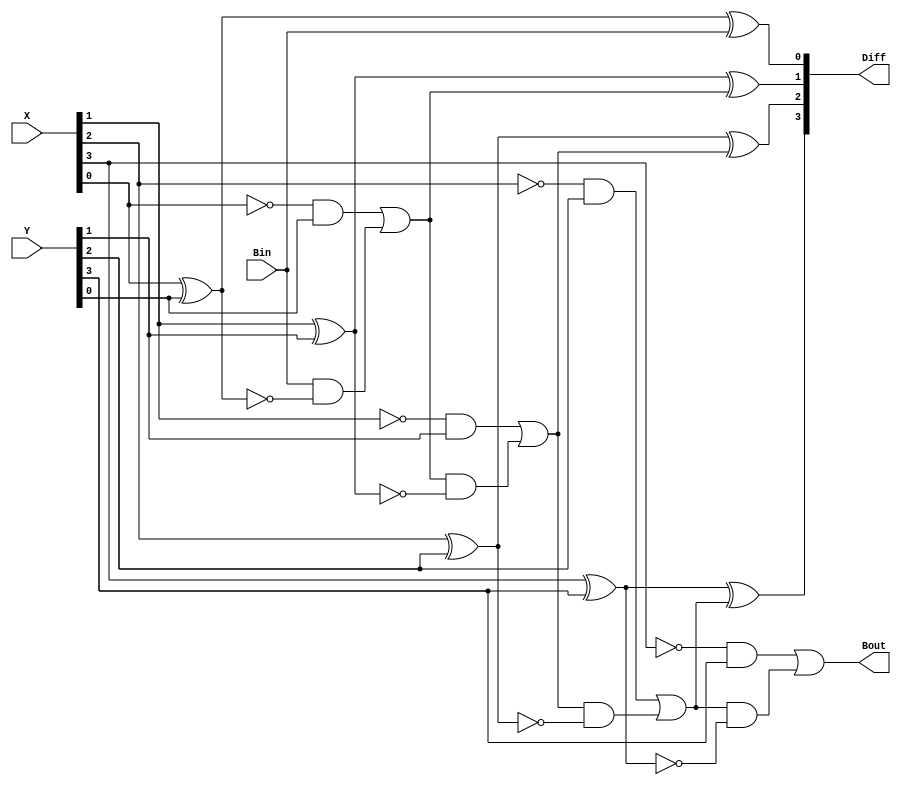
module Lab2_4_bit_BLS_behavioral(output [3:0] Diff, output Bout, input [3:0] X,Y, input Bin);

parameter size=4;
integer i;
reg [3:0] Diff;
reg Bout;
reg [3:0] P;
reg [3:0] G;
reg [4:0] B;

always@(*)begin
    B[0]=Bin;
    for(i=0;i<size;i=i+1)begin
        P[i]=!(X[i]^Y[i]);
        G[i]=((!X[i])&&Y[i]);
        Diff[i]=(!P[i])^B[i];
        B[i+1]=(G[i]||(B[i]&&P[i]));
    end
    Bout=B[4];
end


endmodule